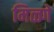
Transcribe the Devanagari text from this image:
मिळ्णे